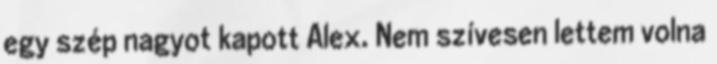
egy szép nagyot kapott Alex. Nem szívesen lettem volna